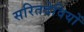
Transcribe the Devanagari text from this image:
सरितदेवियों